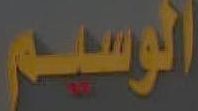
الوسيم